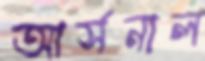
আর্সনাল